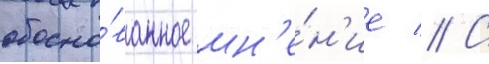
обосно́ванное мн'е́н'ие // С